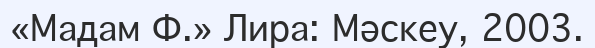
«Мадам Ф.» Лира: Мәскеу, 2003.